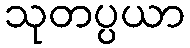
သုတပ္ပယာ